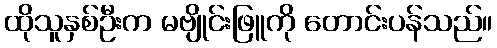
ထိုသူနှစ်ဦးက မဗျိုင်းဖြူကို တောင်းပန်သည်။